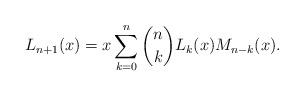
LaTeX: \begin{align*} L_{n+1}(x) = x \sum_{k=0}^n {n \choose k} L_{k}(x ) M_{n-k}(x).\end{align*}